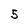
Character: 5